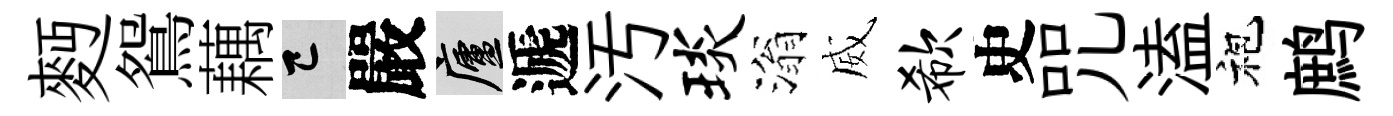
麪鴛藕巳嚴廬遞汚琰滃威欷史咒溘袍鹧